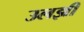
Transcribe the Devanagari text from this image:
उलझीं